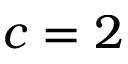
c = 2